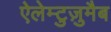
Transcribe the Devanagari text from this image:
ऐलेम्टुज़ुमैब